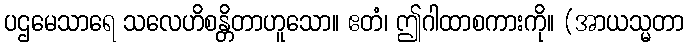
ပဌမေသာရေ သလေဟိစန္တိတာဟူသော။ ဧတံ၊ ဤဂါထာစကားကို။ (အာယသ္မတာ